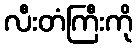
လီးတံကြီးကို